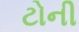
ટોની